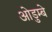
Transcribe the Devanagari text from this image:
ओडुम्बे